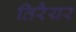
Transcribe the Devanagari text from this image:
तिरैयर